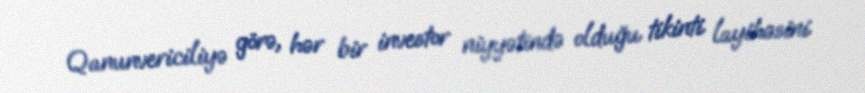
Qanunvericiliyə görə, hər bir investor niyyətində olduğu tikinti layihəsini